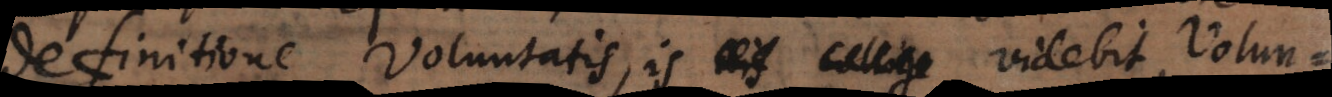
definitione Voluntatis, is iis collig videbit, Volun